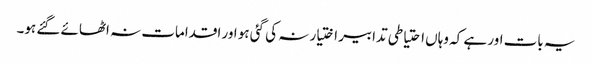
یہ بات اور ہے کہ وہاں احتیاطی تدابیر اختیار نہ کی گئی ہو اور اقدامات نہ اٹھائے گئے ہو۔